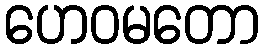
ဟေဝမတော